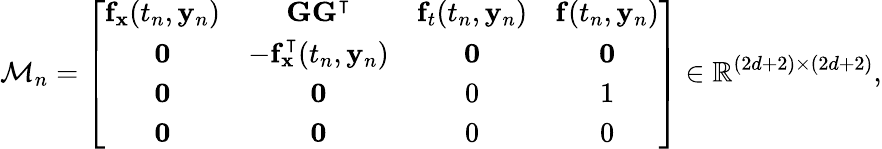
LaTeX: {\mathcal{M}}_{n}=\left[{\begin{array}{cccc}{\mathbf{f}_{\mathbf{x}}(t_{n},\mathbf{y}_{n})}&{\mathbf{GG}^{\intercal}}&{\mathbf{f}_{t}(t_{n},\mathbf{y}_{n})}&{\mathbf{f}(t_{n},\mathbf{y}_{n})}\\ {\mathbf{0}}&{-\mathbf{f}_{\mathbf{x}}^{\intercal}(t_{n},\mathbf{y}_{n})}&{\mathbf{0}}&{\mathbf{0}}\\ {\mathbf{0}}&{\mathbf{0}}&{0}&{1}\\ {\mathbf{0}}&{\mathbf{0}}&{0}&{0}\end{array}}\right]\in\mathbb{R}^{(2d+2)\times(2d+2)},